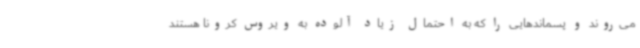
می‌روند و پسماندهایی را که به احتمال زیاد آلوده به ویروس کرونا هستند